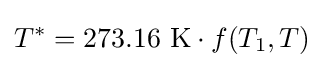
T^{*}=273.16{\text{ K}}\cdot f(T_{1},T)